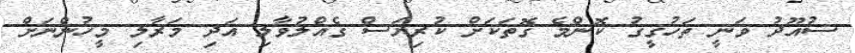
ސުއޫދު ވަނީ ތަހުގީގު ކޮންމެ ގޮތަކަށް ކުރިޔަސް ގެއްލުވާލި އަދި މަރާލި މީހުންނަށް